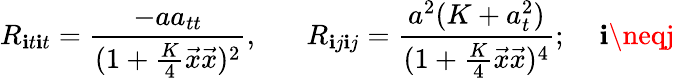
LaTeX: R_{\mathbf{i}t\mathbf{i}t}=\frac{{-aa_{tt}}}{{(1+\frac{{K}}{{4}}\vec{{x}}\vec{{x}})^{2}}},\; \; \; \; \; \; R_{\mathbf{i}j\mathbf{i}j}=\frac{{a^{2}(K+a_{t}^{2})}}{{(1+\frac{{K}}{{4}}\vec{{x}}\vec{{x}})^{4}}};\; \; \; \; \mathbf{i}\neqj